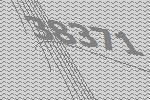
38371